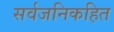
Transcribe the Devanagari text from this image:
सर्वजनिकहित